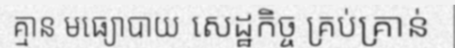
គ្មាន មធ្យោបាយ សេដ្ឋកិច្ច គ្រប់គ្រាន់